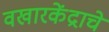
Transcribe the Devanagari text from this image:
वखारकेंद्राचे